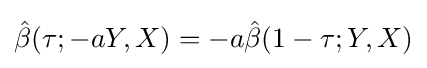
{\hat {\beta }}(\tau ;-aY,X)=-a{\hat {\beta }}(1-\tau ;Y,X)